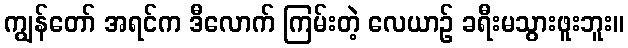
ကျွန်တော် အရင်က ဒီလောက် ကြမ်းတဲ့ လေယာဉ် ခရီးမသွားဖူးဘူး။